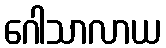
ဂေါသာလာယ